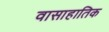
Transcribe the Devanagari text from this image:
वासाहातिक